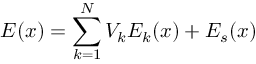
E ( x ) = \sum _ { k = 1 } ^ { N } V _ { k } E _ { k } ( x ) + E _ { s } ( x )